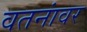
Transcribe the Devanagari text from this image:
वतनांवर